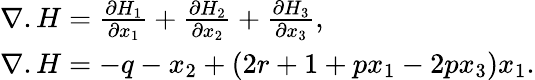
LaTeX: \begin{array}{ll}{{\nabla}.{H}=\frac{\partial{H}_{1}}{\partial{x}_{1}}+\frac{\partial{H}_{2}}{\partial{x}_{2}}+\frac{\partial{H}_{3}}{\partial{x}_{3}},}\\ {{\nabla}.{H}=-{q}-{x}_{2}+(2{r}+{1}+{p}{x}_{1}-{2}{p}{x}_{3}){x}_{1}.}\end{array}